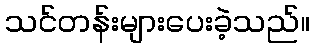
သင်တန်းများပေးခဲ့သည်။